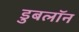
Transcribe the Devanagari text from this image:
डुबलॉन